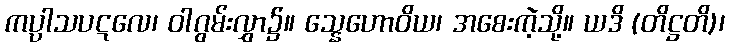
ကပ္ပါသပဋလေ၊ ဝါဂွမ်းလွှာ၌။ သ္နေဟောဝိယ၊ အစေးကဲ့သို့။ ယဒိ (တိဋ္ဌတိ)၊